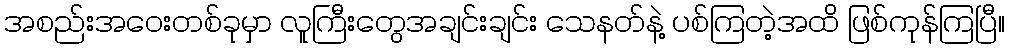
အစည်းအဝေးတစ်ခုမှာ လူကြီးတွေအချင်းချင်း သေနတ်နဲ့ ပစ်ကြတဲ့အထိ ဖြစ်ကုန်ကြပြီ။